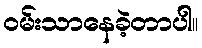
ဝမ်းသာနေခဲ့တာပါ။